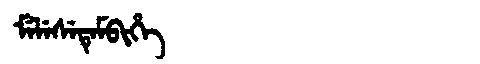
Manchu: ᠮᡝᠯᡝᠰᡝᡨᡝᠮᠪᡳᡥᡝ
Romanization: MELESETEMBIHE